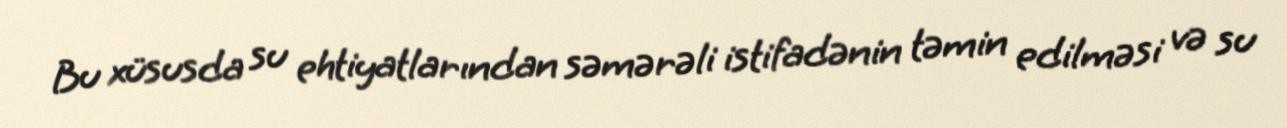
Bu xüsusda su ehtiyatlarından səmərəli istifadənin təmin edilməsi və su